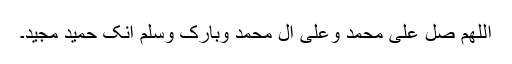
اَللّٰھُمَّ صَلِّ عَلٰی مُحَمَّدٍ وَعَلیٰ اٰلِ مُحَمَّدٍ وَبَارِکْ وَسَلِّمْ اِنَّکَ حَمِیْدٌ مَّجِیْدٌ۔